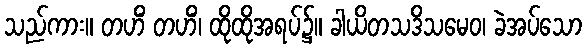
သည်ကား။ တဟိံ တဟိံ၊ ထိုထိုအရပ်၌။ ခါယိတသဒိသမေဝ၊ ခဲအပ်သော